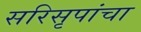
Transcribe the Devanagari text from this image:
सरिसृपांचा